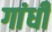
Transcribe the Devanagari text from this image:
गांंधी